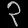
Digit: ၃